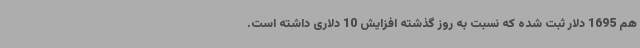
هم 1695 دلار ثبت شده که نسبت به روز گذشته افزایش 10 دلاری داشته است.